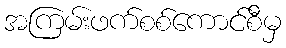
အကြမ်းဖက်စစ်ကောင်စီမှ